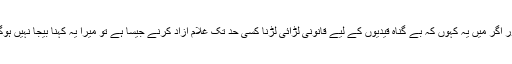
اور اگر میں یہ کہوں کہ بے گناہ قیدیوں کے لیے قانونی لڑائی لڑنا کسی حد تک غلام آزاد کرنے جیسا ہے تو میرا یہ کہنا بیجا نہیں ہوگا۔